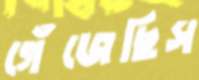
গেঁজেছিস